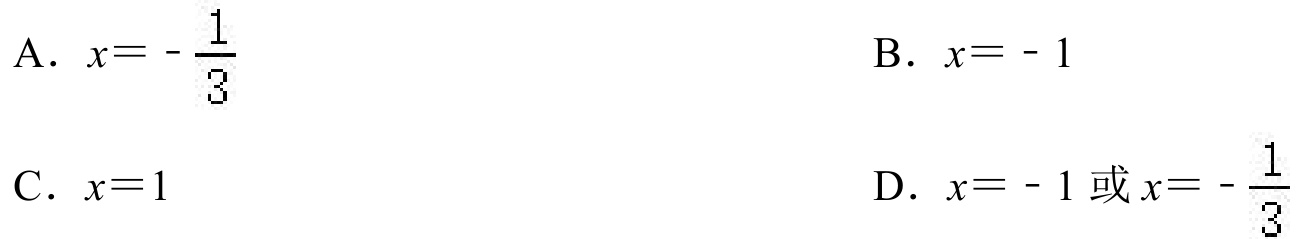
A. \(x = -\frac{1}{3}\)
B. \(x = - 1\)
C. \(x = 1\)
D. \(x = - 1\)或\(x = -\frac{1}{3}\)